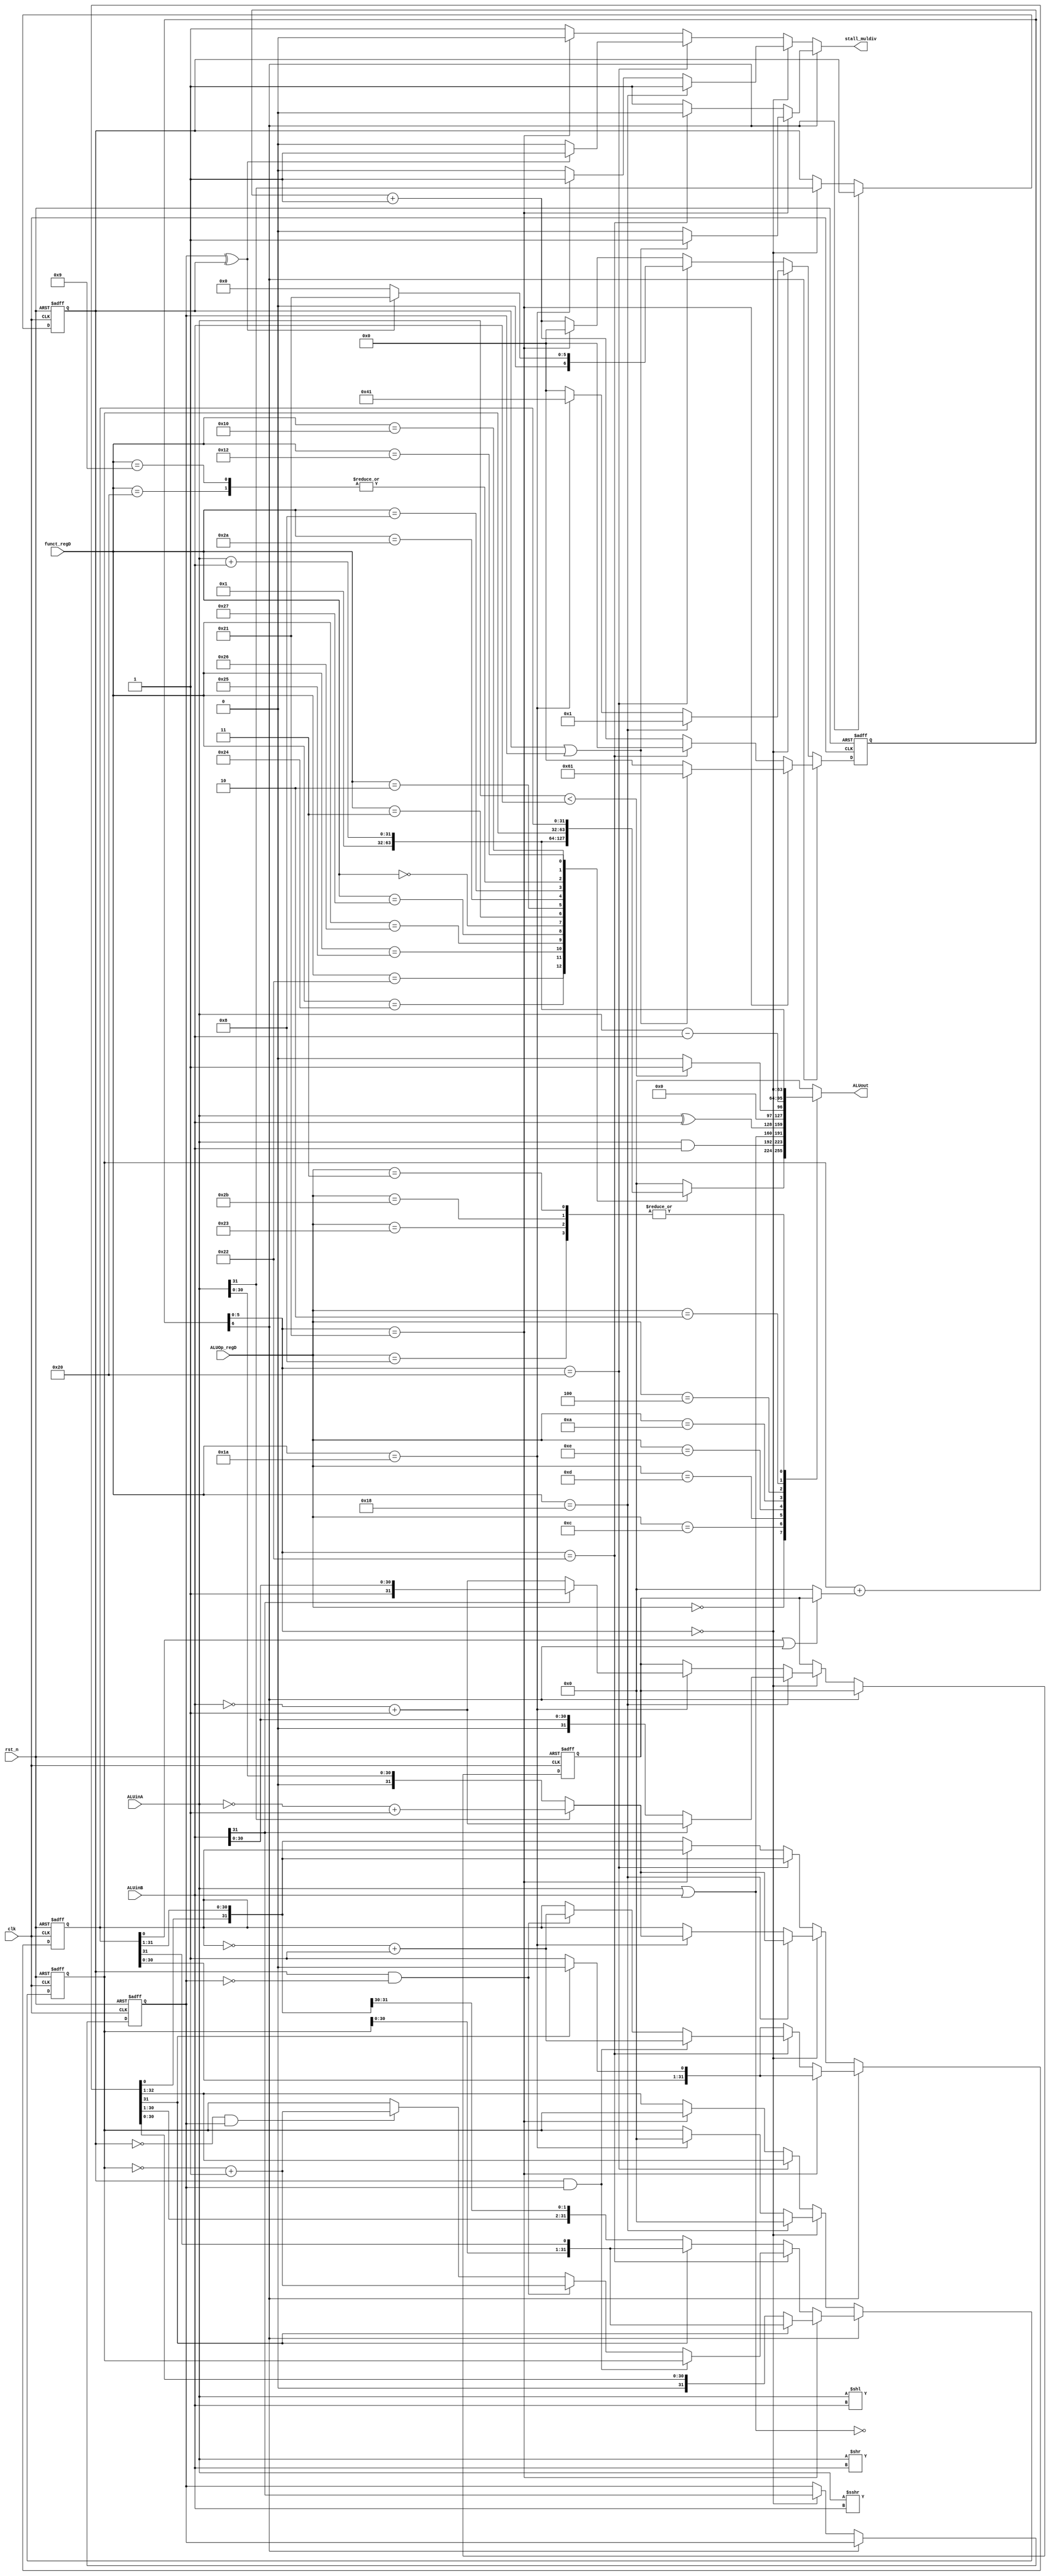
module ALU(
	clk,
	rst_n,
	ALUOp_regD,
    funct_regD,
    ALUinA,
    ALUinB,
    ALUout,
	stall_muldiv
);
//==== input/output definition ============================
    input   [5:0] funct_regD;
    input   [5:0] ALUOp_regD;
    input  [31:0] ALUinA, ALUinB;
    output [31:0] ALUout;
	// I/O for Extension
	input         clk, rst_n;
	output        stall_muldiv;

//==== wire/reg definition ================================
    reg  [31:0] ALUout;
	// for Extension
	reg         sign_and, sign_and_next;   // signed bits for multiplicand or dividend
	reg         sign_er, sign_er_next;     // signed bits for multiplier or divisor
	reg   [6:0] state, state_next;
	reg  [31:0] reg_hi, reg_hi_next;
	reg  [31:0] reg_lo, reg_lo_next;
	reg  [31:0] operand, operand_next;     // multiplier or divisor
	wire [32:0] tempresult;                // result of the subALU
    reg         stall_muldiv;
	    //control part
    wire        action;                    // div always 1, mult depends on the multiplicand
	wire [31:0] subaluinA;
	wire [31:0] subaluinB;
	wire [63:0] result, result_com;
	wire [31:0] hi_com, lo_com;
//==== combinational circuits =============================
    assign action = reg_lo[0];
	assign subaluinA = reg_hi;
	assign subaluinB = (action | state[6] ) ? operand : 32'd0;
	assign tempresult = subaluinA + subaluinB;
	assign result = {reg_hi,reg_lo};
	//2's complement
	assign result_com = (~result) + 1;
	assign hi_com = (~reg_hi) + 1;
	assign lo_com = (~reg_lo) + 1;

	// FSM
	//state 0: idle
	//state 1-32: mult
	//state 33: turn {hi,lo} to 2's complement if necessary
	//state 65-96: div
	//state 97: turn hi & lo to 2's complement if necessary
	always@(*) begin
        stall_muldiv = 1'b1;
		state_next = state + 6'd1;
		sign_er_next = sign_er;
		sign_and_next = sign_and;
		operand_next = operand;
		reg_hi_next = reg_hi;
		reg_lo_next = reg_lo;
		if(state[6]) begin
			if(state[5:0] == 6'd33)begin
                if(tempresult[31])begin // < 0
				    reg_hi_next = {{reg_hi[30:0]}, reg_lo[31]};
					reg_lo_next = {{reg_lo[30:0]}, 1'b0};
				end
				else begin
				    reg_hi_next = tempresult[31:0];
				    reg_lo_next = {{reg_lo[30:0]}, 1'b1};
				end
                if(sign_and | sign_er)begin
                    state_next = 7'd97;
    				stall_muldiv = 1'b1;
                end
                else begin
                    state_next = 7'd0;
    				stall_muldiv = 1'b0;
                end
            end
            else if(state[5:0] == 6'd34) begin
                state_next = 7'd0;
				stall_muldiv = 1'b0;
                //  a =  b   *  c   +  d (a,b,c,d all > 0)
				if(sign_and & sign_er)begin         // -a = (-b) *  c   + (-d)
                    reg_lo_next = lo_com;
				end
				else if(sign_and & (~sign_er))begin // -a =  b   * (-c) + (-d)
				    reg_lo_next = lo_com;
					reg_hi_next = hi_com;
				end
				else if((~sign_and) & sign_er)begin //  a = (-b) * (-c) +  d
					reg_hi_next = hi_com;
				end
			end
			else begin
                if(tempresult[31])begin // < 0
				    reg_hi_next = {{reg_hi[30:0]}, reg_lo[31]};
					reg_lo_next = {{reg_lo[30:0]}, 1'b0};
				end
				else begin
				    reg_hi_next = {{tempresult[30:0]}, reg_lo[31]};
				    reg_lo_next = {{reg_lo[30:0]}, 1'b1};
				end
			end
		end
		else begin
		    if(state[5:0] == 6'd0)begin //idle
                stall_muldiv = 1'b0;
				sign_and_next = ALUinA[31];
				sign_er_next = ALUinB[31];
				reg_lo_next = ALUinA[31] ? ((~ALUinA) + 1) : ALUinA;
				reg_hi_next = 32'd0;
				if(funct_regD == 6'b011000) begin // mult
                    stall_muldiv = 1'b1;
				    state_next = 7'd1;
					operand_next = ALUinB[31] ? ((~ALUinB) + 1) : ALUinB;
				end
				else if(funct_regD == 6'b011010) begin // div
                    stall_muldiv= 1'b1;
				    state_next = 7'd65;
					operand_next = ALUinB[31] ? ALUinB : ((~ALUinB) + 1); // use add 2's to replace sub
                end
				else begin
				    state_next = 7'd0;
                    reg_lo_next = reg_lo;
    				reg_hi_next = reg_hi;
				end
			end
			else if(state[5:0] == 6'd32) begin
                reg_hi_next = tempresult[32:1];
                reg_lo_next = {tempresult[0],{reg_lo[31:1]}};
                if(sign_er ^ sign_and) begin
                    stall_muldiv = 1'b1;
                    state_next = 7'd33;
                end
                else begin
                    stall_muldiv = 1'b0;
                    state_next = 7'd0;
                end
			end
            else if(state[5:0] == 6'd33)begin
                stall_muldiv = 1'b0;
                state_next = 7'd0;
            end
			else begin
				reg_hi_next = tempresult[32:1];
				reg_lo_next = {tempresult[0],{reg_lo[31:1]}};
			end
		end
	end
	always@(*) begin
		ALUout = 32'b0;
		case(ALUOp_regD)
			//===== R-type ===============
        	6'b000000: begin
        		case(funct_regD)
     		       	6'b100000: begin // add
     		       		ALUout = ALUinA + ALUinB;
               		end
               		6'b100010: begin // sub
                   		ALUout = ALUinA - ALUinB;
        	        end
               		6'b100100: begin // and
                   		ALUout = ALUinA & ALUinB;
               		end
               		6'b100101: begin // or
                   		ALUout = ALUinA | ALUinB;
               		end
               		6'b100110: begin // xor
               			ALUout = ALUinA ^ ALUinB;
               		end
               		6'b100111: begin // nor
               			ALUout = ~(ALUinA | ALUinB);
               		end
               		6'b000000: begin // sll and nop?
               			ALUout = ALUinA << ALUinB;
               		end
               		6'b000011: begin // sra
               			ALUout = ALUinA >>> ALUinB;
               		end
               		6'b000010: begin // srl
               			ALUout = ALUinA >> ALUinB;
               		end
               		6'b101010: begin // slt
                   		ALUout = (ALUinA < ALUinB)? 32'b1: 32'b0;
               		end
               		6'b001000: begin // jr
            	   		ALUout = 32'b1;
               		end
               		6'b001001: begin // jalr
     		       	    ALUout = ALUinA + ALUinB;
               		end
					6'b010000: begin // mfhi
					    ALUout = reg_hi;
					end
					6'b010010: begin // mflo
					    ALUout = reg_lo;
					end
               		default: begin
		   				ALUout = 32'b0;
					end
           		endcase
       		end
        	//===== I-type ===============
        	6'b001000: begin // addi
        		ALUout = ALUinA + ALUinB;
        	end
        	6'b001100: begin // andi
				    ALUout = ALUinA & ALUinB;
        	end
        	6'b001101: begin // ori
        		ALUout = ALUinA | ALUinB;
        	end
        	6'b001110: begin // xori
				    ALUout = ALUinA ^ ALUinB;
        	end
        	6'b001010: begin // slti
        		ALUout = (ALUinA < ALUinB)? 32'b1: 32'b0;
        	end
        	6'b100011: begin // lw
        		ALUout = (ALUinA + ALUinB); // memory address (32 bits)
        	end
        	6'b101011: begin // sw
				    ALUout = (ALUinA + ALUinB); // memory address (32 bits)
        	end
       		6'b000100: begin //beq
		    		ALUout = (ALUinA - ALUinB);
       		end
        	//===== J-type ===============
        	6'b000010: begin // j
     				ALUout = 32'b1;
       		end
       		6'b000011: begin // jal
     		    ALUout = ALUinA + ALUinB;
        	end
			default: begin
 				ALUout = 32'b0;
			end
    	endcase
    end

//==== sequential circuits ================================
	always@( posedge clk or negedge rst_n )
    begin
        // active low asynchronous reset
        if( ~rst_n )begin
            sign_and <= 1'd0;
            sign_er  <= 1'd0;
            state    <= 7'd0;
            reg_hi   <= 32'd0;
            reg_lo   <= 32'd0;
            operand  <= 32'd0;
        end
        else begin
			sign_and <= sign_and_next;
            sign_er  <= sign_er_next;
            state    <= state_next;
            reg_hi   <= reg_hi_next;
            reg_lo   <= reg_lo_next;
            operand  <= operand_next;
        end
    end
endmodule